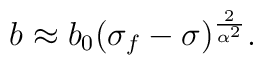
{b\approx b_0(\sigma_f-\sigma)^{\frac{2}{\alpha^2}}.}